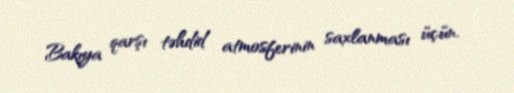
Bakıya qarşı təhdid atmosferinin saxlanması üçün.